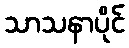
သာသနာပိုင်